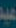
عبد